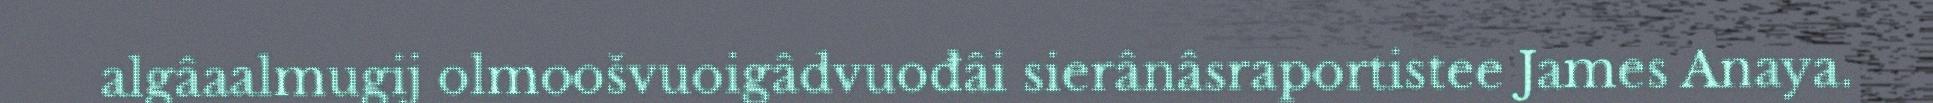
algâaalmugij olmoošvuoigâdvuođâi sierânâsraportistee James Anaya.